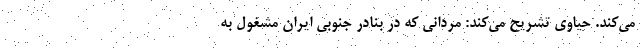
می‌کند. حیاوی تشریح می‌کند: مردانی که در بنادر جنوبی ایران مشغول به